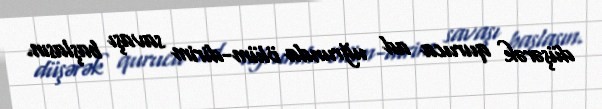
düşərək quruca ad uğrunda ölüm-dirim savaşı başlasın.